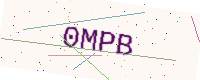
Text: 0MPB